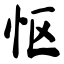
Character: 怄